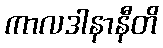
ကာလဒါနာနီတိ